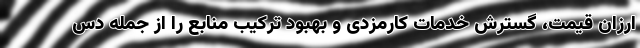
ارزان قیمت، گسترش خدمات کارمزدی و بهبود ترکیب منابع را از جمله دس